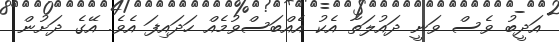
އަދީބު ވެސް ވަނީ ދައުލަތާ އެކު އެއްބަސްވުމެއް ހަދައިފަ އެވެ. އޭގެ ދަށުން